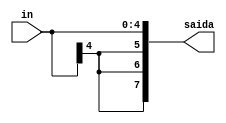
//Extensor_5_8
//LUCAS SANTOS RODRIGUES
//VINICIUS FERREIRA PINHEIRO

module Extensor_5_8 (
    in,
    saida
);

input wire [4:0] in;

output wire [7:0] saida;

reg [7:0] extendido;

always @(in) begin
    extendido[4:0] = in[4:0];
    extendido[7:5] = {3{in[4]}};
end

assign saida = extendido;

endmodule